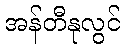
အန်တီနုလွင်